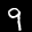
Label: 9